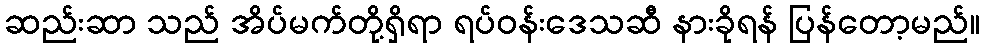
ဆည်းဆာ သည် အိပ်မက်တို့ရှိရာ ရပ်ဝန်းဒေသဆီ နားခိုရန် ပြန်တော့မည်။